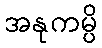
အနုကမ္ပိ